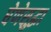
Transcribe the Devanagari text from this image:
घेणेसुद्धा